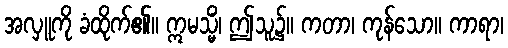
အလှူကို ခံထိုက်၏။ ဣမသ္မိံ၊ ဤသူ၌။ ကတာ၊ ကုန်သော။ ကာရာ၊